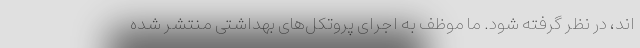
اند، در نظر گرفته شود. ما موظف به اجرای پروتکل‌های بهداشتی منتشر شده